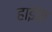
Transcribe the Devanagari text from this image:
हाईक